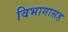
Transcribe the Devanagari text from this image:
विभागासह